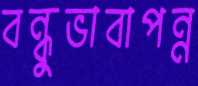
বন্ধুভাবাপন্ন